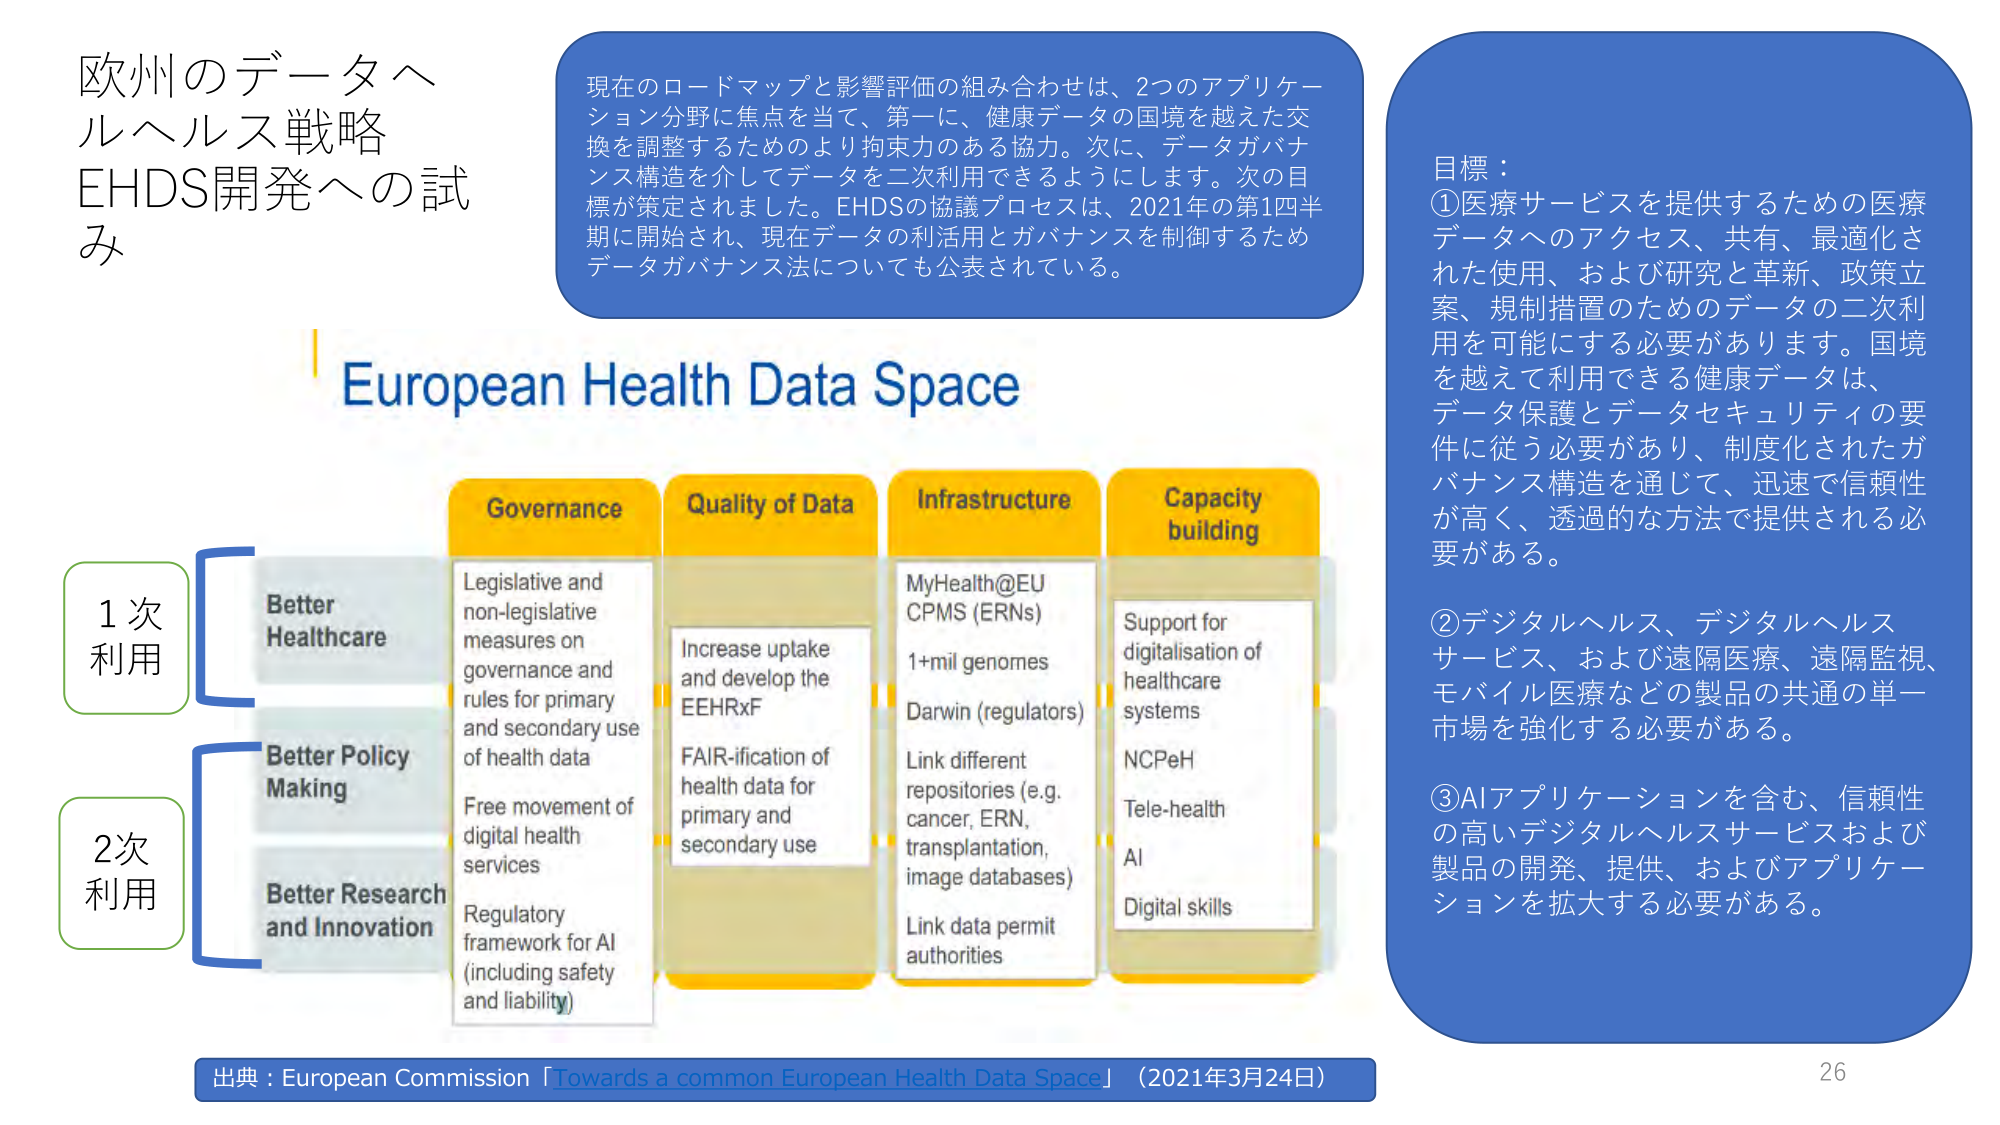
欧州のデータヘルヘルス戦略
EHDS開発への試み

現在のロードマップと影響評価の組み合わせは、2つのアプリケーション分野に焦点を当て、第一に、健康データの国境を越えた交換を調整するためのより拘束力のある協力。次に、データガバナンス構造を介してデータを二次利用できるようにします。次の目標が策定されました。EHDSの協議プロセスは、2021年の第1四半期に開始され、現在データの利活用とガバナンスを制御するためデータガバナンス法についても公表されている。

European Health Data Space

1次利用
Better Healthcare
Legislative and non-legislative measures on governance and rules for primary and secondary use of health data
Free movement of digital health services
Regulatory framework for AI (including safety and liability)

2次利用
Better Policy Making
Better Research and Innovation

Quality of Data
Increase uptake and develop the EEHRxF
FAIR-ification of health data for primary and secondary use

Infrastructure
MyHealth@EU
CPMS (ERNs)
1+mil genomes
Darwin (regulators)
Link different repositories (e.g. cancer, ERN, transplantation, image databases)
Link data permit authorities

Capacity building
Support for digitalisation of healthcare systems
NCPEH
Tele-health
AI
Digital skills

目標：
①医療サービスを提供するための医療データへのアクセス、共有、最適化された使用、および研究と革新、政策立案、規制措置のためのデータの二次利用を可能にする必要があります。国境を越えて利用できる健康データは、データ保護とデータセキュリティの要件に従う必要があり、制度化されたガバナンス構造を通じて、迅速で信頼性が高く、透過的な方法で提供される必要がある。

②デジタルヘルス、デジタルヘルスサービス、および遠隔医療、遠隔監視、モバイル医療などの製品の共通の単一市場を強化する必要がある。

③AIアプリケーションを含む、信頼性の高いデジタルヘルスサービスおよび製品の開発、提供、およびアプリケーションを拡大する必要がある。

出典：European Commission「Towards a common European Health Data Space」（2021年3月24日）

26